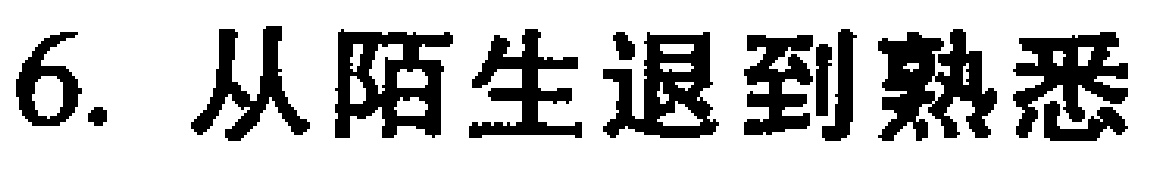
6. 从陌生退到熟悉